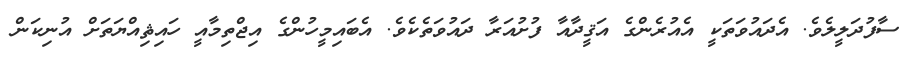
ސާފުދަލީލެވެ. އެދައުވަތަކީ އެއުރެންގެ އަޤީދާއާ ފުށުއަރާ ދައުވަތެކެވެ. އެބައިމީހުންގެ އިޖްތިމާއީ ހައިޘިއްޔަތަށް އުނިކަން